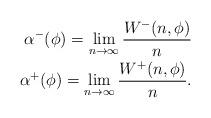
LaTeX: \begin{align*}\begin{aligned}\alpha^{-}(\phi) = \lim_{n \to \infty}\frac{W^{-}(n,\phi)}{n}\\\alpha^{+}(\phi) = \lim_{n \to \infty}\frac{W^{+}(n,\phi)}{n}.\end{aligned}\end{align*}